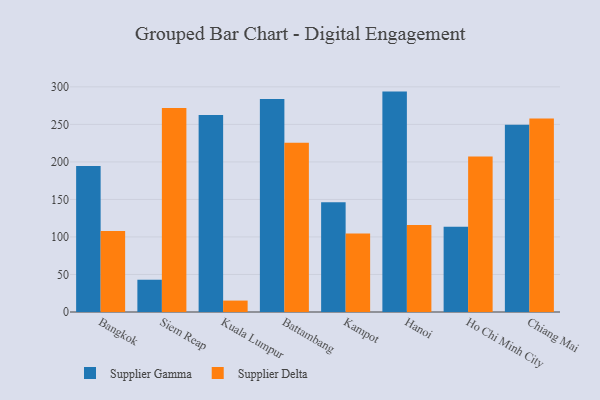
{"axis": {"x": "City", "y": "Inventory Turnover"}, "legend": ["Supplier Delta", "Supplier Gamma"], "data": [{"x": "Bangkok", "y": 194.4, "type": "Supplier Gamma"}, {"x": "Bangkok", "y": 107.8, "type": "Supplier Delta"}, {"x": "Siem Reap", "y": 43.0, "type": "Supplier Gamma"}, {"x": "Siem Reap", "y": 271.7, "type": "Supplier Delta"}, {"x": "Kuala Lumpur", "y": 262.6, "type": "Supplier Gamma"}, {"x": "Kuala Lumpur", "y": 15.2, "type": "Supplier Delta"}, {"x": "Battambang", "y": 283.9, "type": "Supplier Gamma"}, {"x": "Battambang", "y": 225.6, "type": "Supplier Delta"}, {"x": "Kampot", "y": 146.1, "type": "Supplier Gamma"}, {"x": "Kampot", "y": 104.6, "type": "Supplier Delta"}, {"x": "Hanoi", "y": 293.7, "type": "Supplier Gamma"}, {"x": "Hanoi", "y": 115.9, "type": "Supplier Delta"}, {"x": "Ho Chi Minh City", "y": 113.6, "type": "Supplier Gamma"}, {"x": "Ho Chi Minh City", "y": 207.1, "type": "Supplier Delta"}, {"x": "Chiang Mai", "y": 249.4, "type": "Supplier Gamma"}, {"x": "Chiang Mai", "y": 257.7, "type": "Supplier Delta"}]}